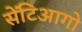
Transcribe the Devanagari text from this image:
सेंटिआगो